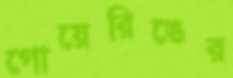
গোয়েরিঙের